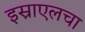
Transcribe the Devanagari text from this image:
इस्राएलचा